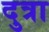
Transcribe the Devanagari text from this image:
दुत्रा